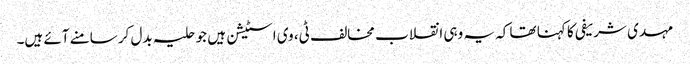
مہدی شریفی کا کہنا تھا کہ یہ وہی انقلاب مخالف ٹی، وی اسٹیشن ہیں جو حلیہ بدل کر سامنے آئے ہیں۔